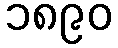
၁၈၉၀